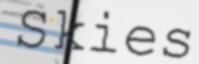
Skies